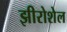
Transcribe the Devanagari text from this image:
झीरोशेल